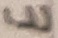
Text: E